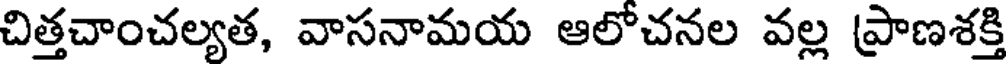
చిత్తచాంచల్యత, వాసనామయ ఆలోచనల వల్ల ప్రాణశక్తి